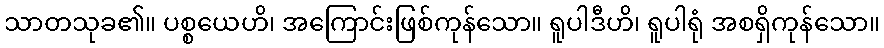
သာတသုခ၏။ ပစ္စယေဟိ၊ အကြောင်းဖြစ်ကုန်သော။ ရူပါဒီဟိ၊ ရူပါရုံ အစရှိကုန်သော။